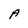
Character: A